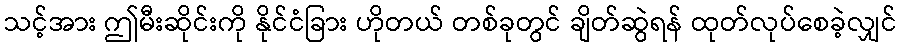
သင့်အား ဤမီးဆိုင်းကို နိုင်ငံခြား ဟိုတယ် တစ်ခုတွင် ချိတ်ဆွဲရန် ထုတ်လုပ်စေခဲ့လျှင်